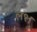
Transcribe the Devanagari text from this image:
ल१।